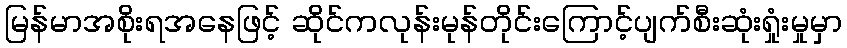
မြန်မာအစိုးရအနေဖြင့် ဆိုင်ကလုန်းမုန်တိုင်းကြောင့်ပျက်စီးဆုံးရှုံးမှုမှာ